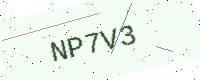
Text: NP7V3